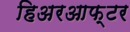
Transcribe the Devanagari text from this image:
हिअरआफ्टर